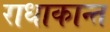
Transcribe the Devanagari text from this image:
राधाकान्‍त